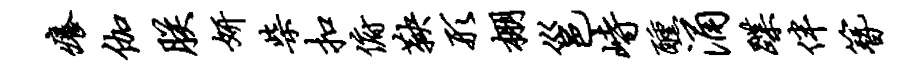
痒伽朕妍柴扣俯鞅形棚邕峙醺涌蹀伴簪